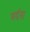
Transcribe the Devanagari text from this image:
मर्दना